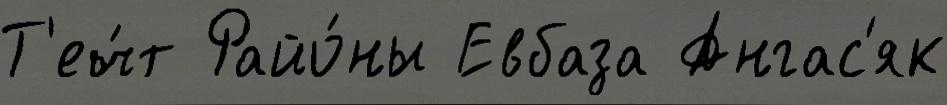
Т'еч́т Райо́ны Евбаза Ангас'як